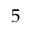
5